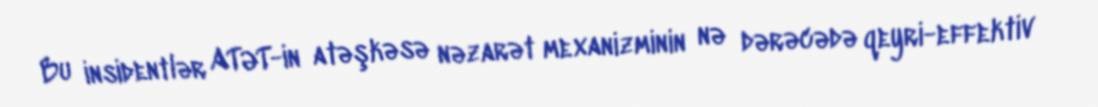
Bu insidentlər ATƏT-in atəşkəsə nəzarət mexanizminin nə dərəcədə qeyri-effektiv